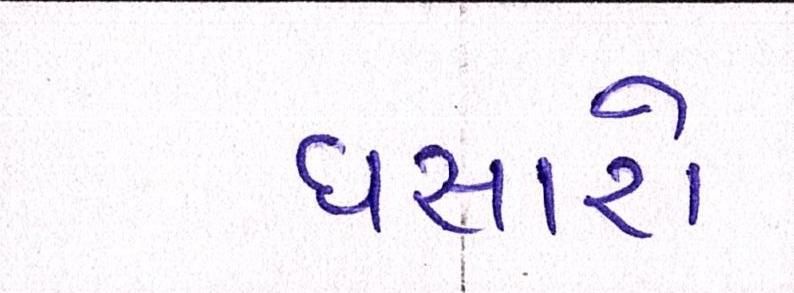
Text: ઘસારો